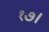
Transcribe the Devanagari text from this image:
१७।